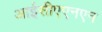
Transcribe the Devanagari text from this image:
आईसीएएनएन